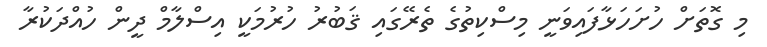
މި ގޮތަށް ހުށަހަޅާފައިވަނީ މިސްކިތުގެ ތެރޭގައި ޤަބުރު ހުރުމަކީ އިސްލާމް ދީން ހުއްދަކުރާ